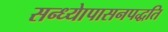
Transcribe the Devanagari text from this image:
सन्ध्याेपासनपद्धति